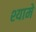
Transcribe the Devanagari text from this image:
श्यामे